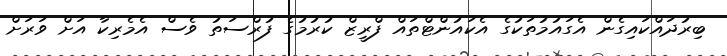
ބިރުދައްކައިގެން އެގައުމުތަކުގެ އެކައުންޓްތައް ފްރީޒް ކުރުމުގެ ފުރްސަތު ވެސް އެމެރިކާ އަށް ވަރަށް